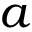
a